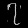
Digit: ၇